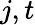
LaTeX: j,t